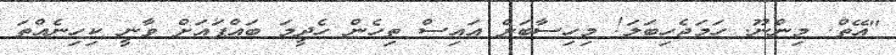
"އޭތް. މިންނޫ. ހަމަޖެހިބަލަ! މިހިސާބަށް އައިސް ތިހެން ހެދީމަ ބައްޕައަށް ވާނީ ކިހިނެއްތަ